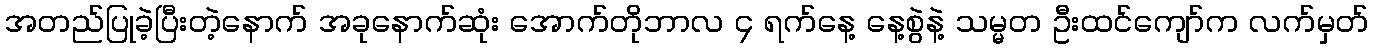
အတည်ပြုခဲ့ပြီးတဲ့နောက် အခုနောက်ဆုံး အောက်တိုဘာလ ၄ ရက်နေ့ နေ့စွဲနဲ့ သမ္မတ ဦးထင်ကျော်က လက်မှတ်